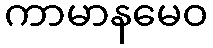
ကာမာနမေဝ